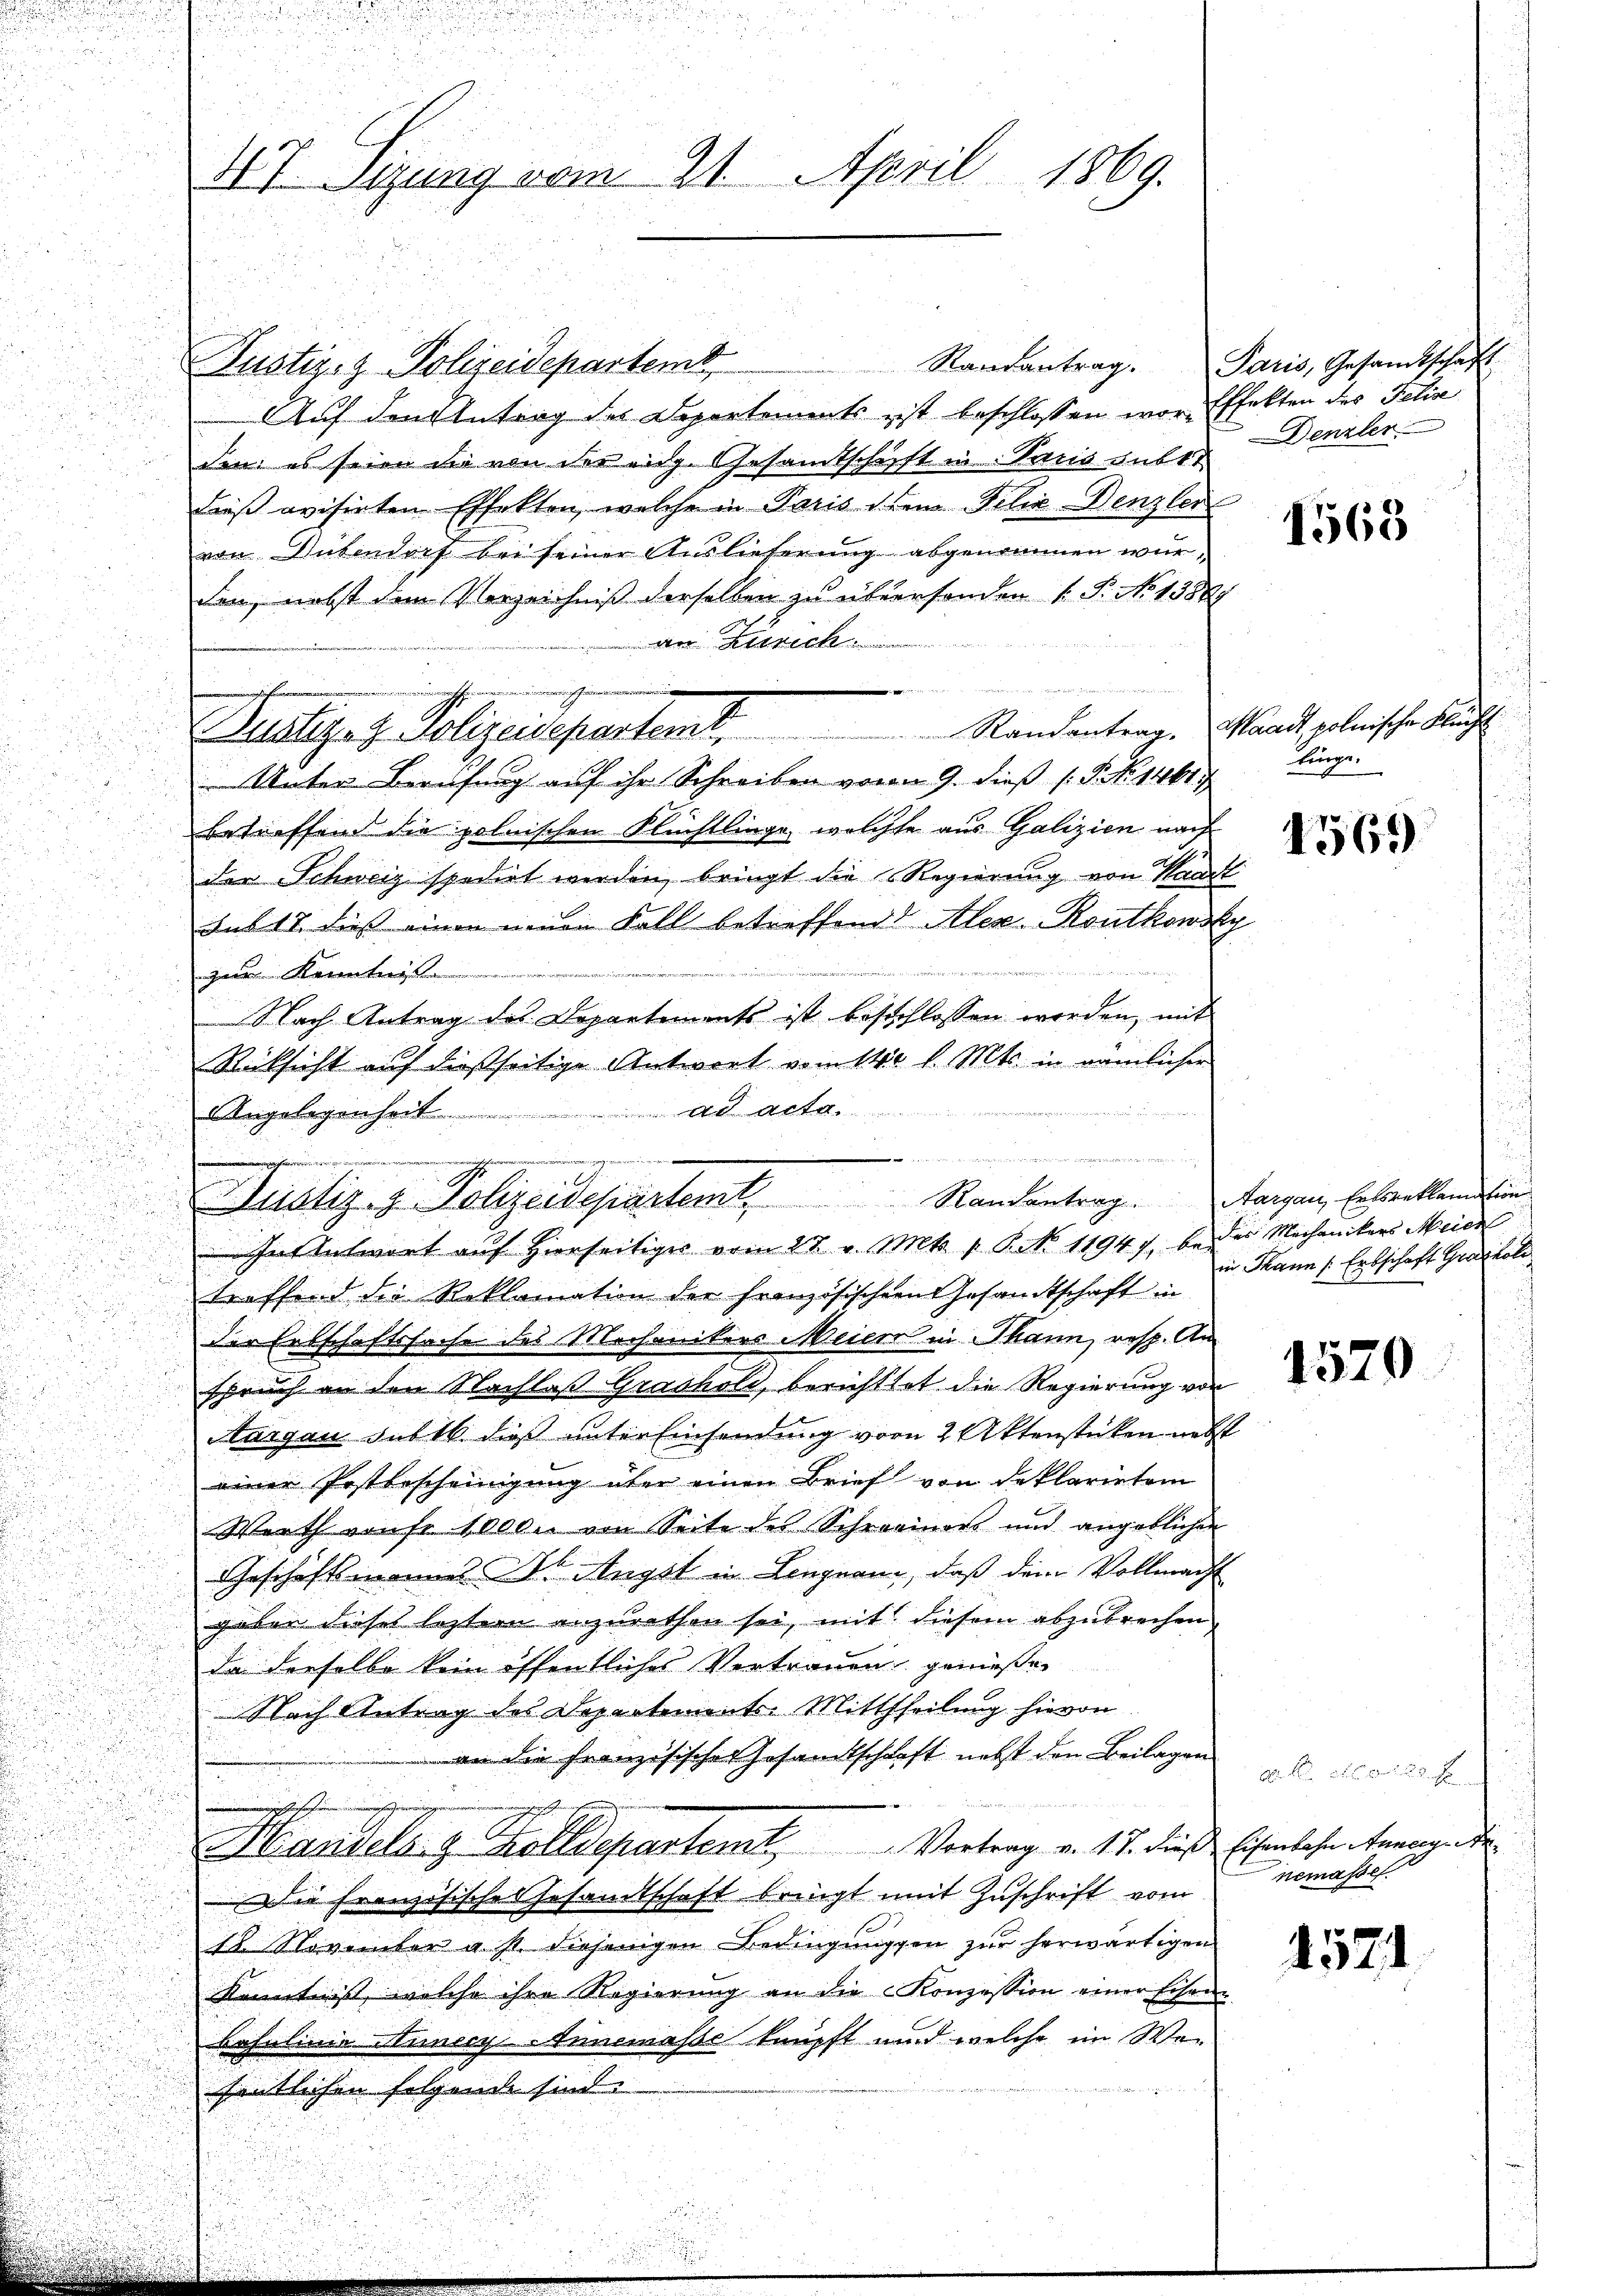
Justiz- & Polizeideparteme,
Auf den Antrag des Departements ist beschlossen wor-Effekten des Felixe
den: es seien die von der eidg. Gesamtschaft in Paris unbet
dieß evisirten Effekten, welche in Paris den Felix Denzler
von Gutendorf bei seiner Auslieferung abgenommen wurden, nebst dem Verzeichniß derselben zu überhanden 1. P. No 1388
an Zürich
Pilliger Polizeidepartet.
Unter Berufung auf ihr Schreiben vom 9. dieß (T NNo. 1461
betreffend die polnischen Flüchtlinge, welchte aus Galizien nach
der Schweiz spedirt werden, bringt die Regierung von Kant
sub 17. dieß einen neuen Fall betreffend Alex Routkowsk

zur Kenntnis
 Nach Antrag des Departements ist beschlossen werden, mit
.
Rücksicht auf dießseitige Antwort vom 14t v. Mts. in nämlicher
t
  da der Sache
AAngelegenheit
u

nierenischen

e

d

u

u
.
treffend die Reklamation der französischen Gesandtschaft in

der Erbschaftssache des Mechanikers Meier in Thann, resp. An
.
u
u
spruch an den Nachlaß Gradhold, berichttet die Regierung von

Aargau sub 16. dieß unter Einsendung vom 2 Aktenstücken nebst
n
einer Postbescheinigung über einen Brief von deklarirtem

Werth vonse 10000 von Seite des Schweriner und angeblichen
.

Geschäftsmannes Angst in Lengnau, daß dem Vollmacht

gaben dieses letztern anzurathen sei, mit diesem abzubrechen
da derselbe kein öffentliches Vertrauen genießen
Nach Antrag des Departements-Mittheilung hievon
an die Französischer Gesandtschaft nebst den Beilagen
nngeschafen einsame
Handels. z. Kolldepartem Vertrag v. 17. dies Eisenbahn trage de
Die Französisches Gesamtschaft bringt mit Zuschrift vom
18. November a st. diejenigen Bedingungen zur herwärtigen
Kenntnis, welche ihre Regierung an die Konzession einer Eisen-
Bahnlinie Municy-Annemasse knüpft und welche im Wefentlichen folgende sind.

u

47 Sizung vom 21. April 1869.

2ten wann vota vera die an der
liatiz- & Polizeidepartemt Randantrag. Aargau, Erbsreklamation
In Antwort auf Hierseitiger vom 27. v. Mts. 1 S. 11947, beder Mechanikers Meier

Raurantrag. Paris, Gesandtschaft
Denzler

b

4568

Randantrag. Waadt, polnische Flucht
tinge.

4569

in Mann Erbschaft Grashole

1579

0 x
nemasset.

1571